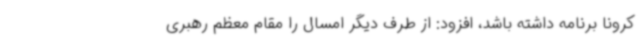
کرونا برنامه داشته باشد، افزود: از طرف دیگر امسال را مقام معظم رهبری